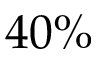
4 0 \%